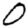
Digit: 0